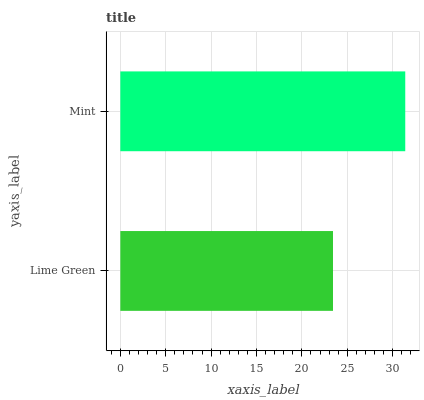
| yaxis_label | bars |
 | --- | --- |
 | Lime Green | 23.4 |
 | Mint | 31.4 |